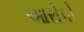
આરોપો